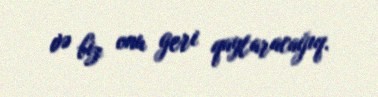
və biz onu geri qaytaracağıq.